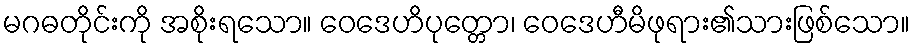
မဂဓတိုင်းကို အစိုးရသော။ ဝေဒေဟိပုတ္တော၊ ဝေဒေဟီမိဖုရား၏သားဖြစ်သော။